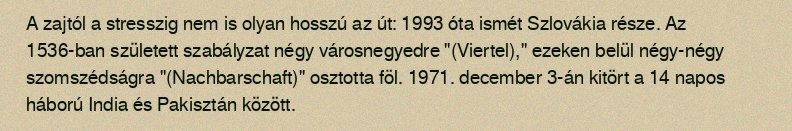
A zajtól a stresszig nem is olyan hosszú az út: 1993 óta ismét Szlovákia része. Az 1536-ban született szabályzat négy városnegyedre "(Viertel)," ezeken belül négy-négy szomszédságra "(Nachbarschaft)" osztotta föl. 1971. december 3-án kitört a 14 napos háború India és Pakisztán között.